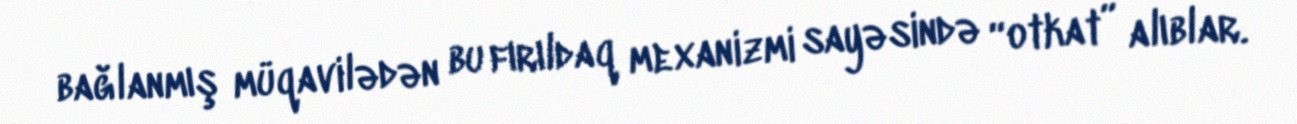
bağlanmış müqavilədən bu fırıldaq mexanizmi sayəsində “otkat” alıblar.